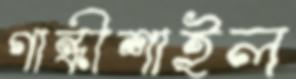
গান্ধীশাইল